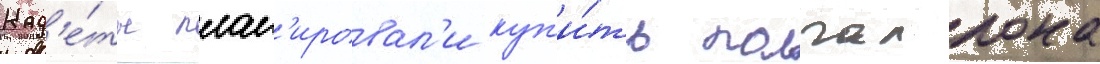
Кад'е́ты план'ировал'и куп'и́ть полгаллона